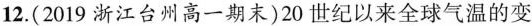
12.(2019浙江台州高一期末)20世纪以来全球气温的变